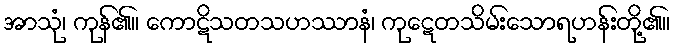
အာသုံ၊ ကုန်၏။ ကောဋိသတသဟဿာနံ၊ ကုဋေတသိမ်းသောရဟန်းတို့၏။